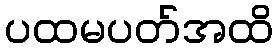
ပထမပတ်အထိ